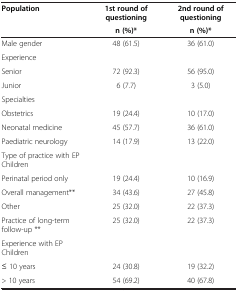
<table><thead><tr><td rowspan="2"><b>Population</b></td><td><b>1st round of questioning</b></td><td><b>2nd round of questioning</b></td></tr><tr><td><b>n (%)*</b></td><td><b>n (%)*</b></td></tr></thead><tbody><tr><td>Male gender</td><td>48 (61.5)</td><td>36 (61.0)</td></tr><tr><td>Experience</td><td> </td><td> </td></tr><tr><td>Senior</td><td>72 (92.3)</td><td>56 (95.0)</td></tr><tr><td>Junior</td><td>6 (7.7)</td><td>3 (5.0)</td></tr><tr><td>Specialties</td><td> </td><td> </td></tr><tr><td>Obstetrics</td><td>19 (24.4)</td><td>10 (17.0)</td></tr><tr><td>Neonatal medicine</td><td>45 (57.7)</td><td>36 (61.0)</td></tr><tr><td>Paediatric neurology</td><td>14 (17.9)</td><td>13 (22.0)</td></tr><tr><td>Type of practice with EP Children</td><td> </td><td> </td></tr><tr><td>Perinatal period only</td><td>19 (24.4)</td><td>10 (16.9)</td></tr><tr><td>Overall management**</td><td>34 (43.6)</td><td>27 (45.8)</td></tr><tr><td>Other</td><td>25 (32.0)</td><td>22 (37.3)</td></tr><tr><td>Practice of long-term follow-up **</td><td>25 (32.0)</td><td>22 (37.3)</td></tr><tr><td>Experience with EP Children</td><td> </td><td> </td></tr><tr><td>≤ 10 years</td><td>24 (30.8)</td><td>19 (32.2)</td></tr><tr><td>&gt; 10 years</td><td>54 (69.2)</td><td>40 (67.8)</td></tr></tbody></table>